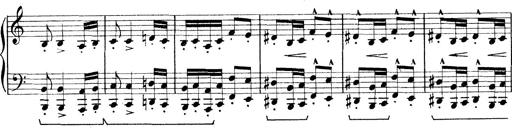
Title: Rapsodie: 19 ungheresi, 1 spagnuola
Composer: Franz Liszt